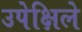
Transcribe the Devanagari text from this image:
उपेक्षिले